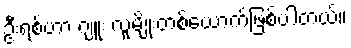
ဦးရစ်ဟာ ဂျူး လူမျိုးတစ်ယောက်ဖြစ်ပါတယ်။